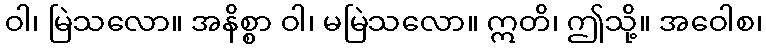
ဝါ၊ မြဲသလော။ အနိစ္စာ ဝါ၊ မမြဲသလော။ ဣတိ၊ ဤသို့။ အဝေါစ၊